Insane asylums in Bengal annual reports 1867-1875 - 1867-1875
Year: 1867
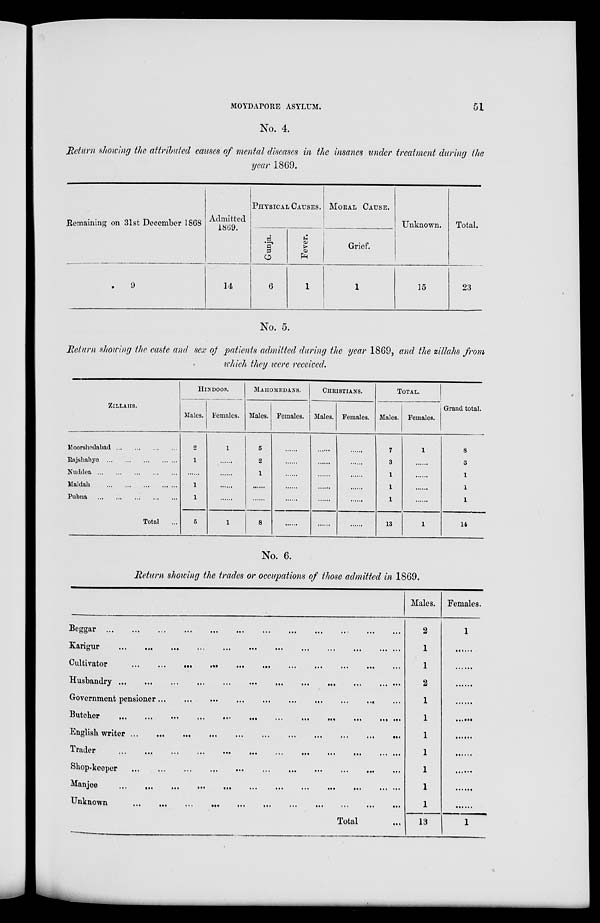
MOYDAPORE ASYLUM.
51
No. 4.
Return showing the attributed causes of mental diseases in the insanes under treatment during the
year 1869.
Remaining on 31st December 1868
9
Admitted
1869.
14
PHYSICAL CAUSES.
Gunja.
6
Fever.
1
MORAL CAUSE.
Grief.
1
Unknown.
15
Total.
23
No. 5.
Return showing the caste and sex of patients admitted during the year 1869, and the zillahs from
which they were received.
ZILLAHS.
Moorshedabad... ... ... ... ...
Rajshahye ... ... ... ... ...
Nuddea...
...
...
...
...
Maldah
...
...
...
...
...
Pubna
...
...
...
...
...
Total ...
HINDOOS.
Males.
2
1
......
1
1
5
Females.
1
......
......
......
......
1
MAHOMEDANS.
Males.
5
2
1
......
......
8
Females.
......
......
......
......
......
CHRISTIANS.
Males.
......
......
......
......
......
......
Females.
......
......
......
......
......
......
TOTAL.
Males.
7
3
1
1
1
13
Females.
1
......
......
......
......
1
Grand total.
8
3
1
1
1
14
No. 6.
Return showing the trades or occupations of those admitted in 1869.
Beggar
...
...
...
...
...
Karigur
...
...
...
...
...
Cultivator
...
...
...
...
...
...
...
...
...
...
Husbandry
...
...
...
...
...
...
...
...
...
...
Government pensioner
...
...
...
...
...
...
...
...
...
...
Butcher
...
... ...
...
... ...
...
...
...
...
...
English writer
...
...
...
...
...
...
...
...
...
Trader
... ...
...
...
...
... ...
...
...
...
...
...
Shop-keeper
...
...
...
...
...
...
...
...
Manjee
... ... ... ... ... ... ... ... ...
Unknown...
...
...
...
...
...
...
...
Total ...
Males.
2
1
1
2
1
1
1
1
1
1
1
13
Females.
1
......
......
......
......
......
......
......
......
......
......
1